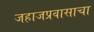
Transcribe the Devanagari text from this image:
जहाजप्रवासाचा